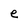
Character: e